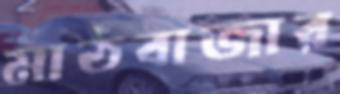
মাঠবাজার